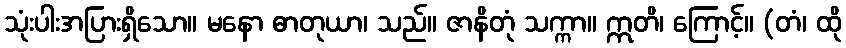
သုံးပါးအပြားရှိသော။ မနော ဓာတုယာ၊ သည်။ ဇာနိတုံ သက္ကာ။ ဣတိ၊ ကြောင့်။ (တံ၊ ထို